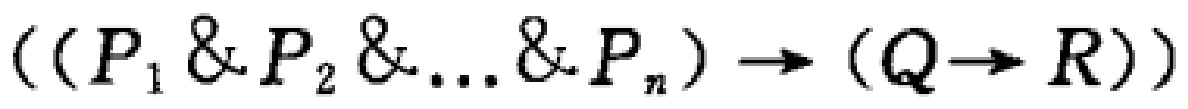
\(((P_1 \& P_2 \& \ldots \& P_n) \rightarrow (Q\rightarrow R))\)